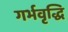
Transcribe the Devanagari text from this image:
गर्भवृद्धि